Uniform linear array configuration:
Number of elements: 64
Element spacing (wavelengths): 0.5
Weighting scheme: hann
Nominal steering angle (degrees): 15
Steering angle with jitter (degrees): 15.221
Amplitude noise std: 0.05
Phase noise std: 0.05

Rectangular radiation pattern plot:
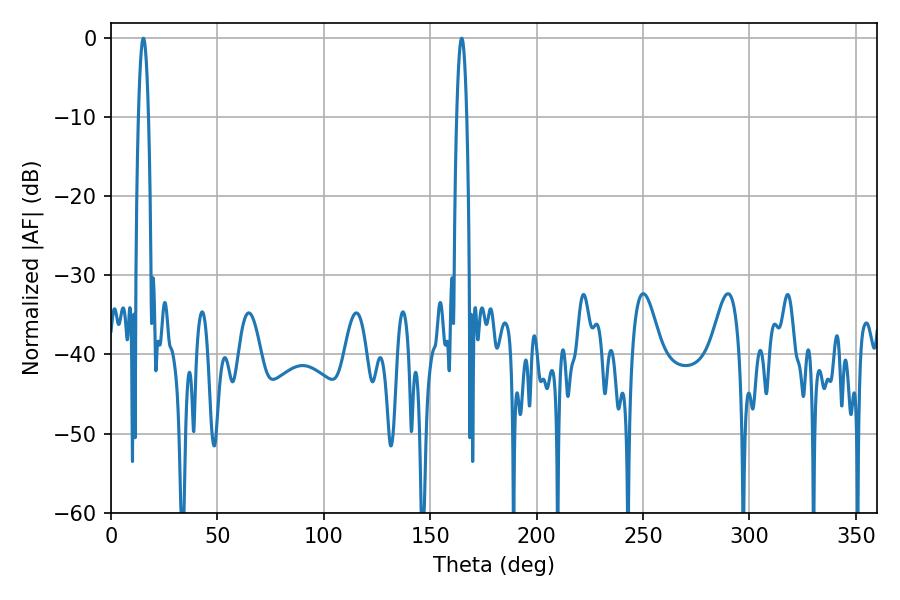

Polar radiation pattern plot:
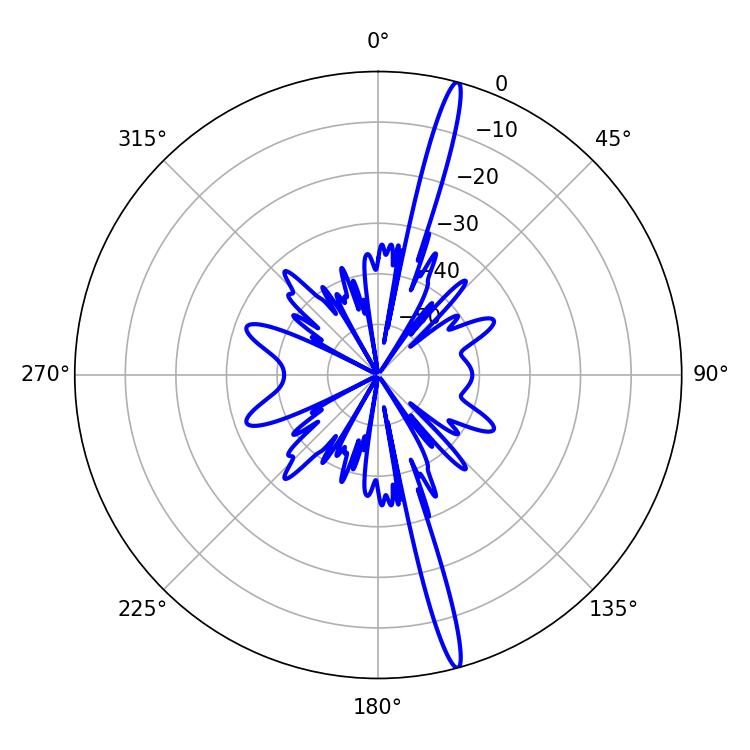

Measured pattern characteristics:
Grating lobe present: FALSE
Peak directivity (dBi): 18.867
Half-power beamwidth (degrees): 2.7
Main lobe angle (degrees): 164.7